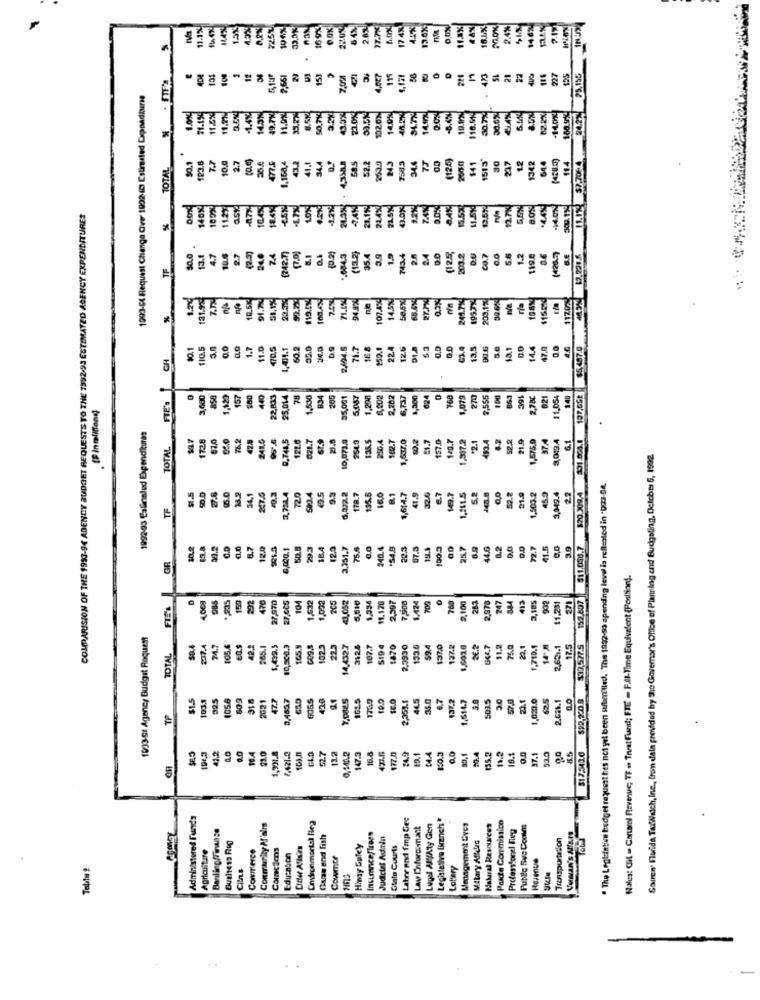
11.1%
225%
16 9%
17.7%
17 4%
43%
13.6%
11.3%
48%
2.4%
2.19
.
0
21
% TOTAL X . IT
4D4
7,651
151
7,0%
421
35
175
4,121
22
AUS
227
125
93,135
1003-54 Flequest Change Over 1902 (D Estruled Dipoadiure
.
11.5x
11.
11.ox
43.30
22.05
1020%
14.0%
34.7%
14 m
10.1
118.510
30.7%
5.654
8.5%
52.2%
188.99
urer
7.7
10,0
2.7
4,3MB
58.5
7583
77
(125)
$41
1513*
30
64.4
114
$7.70€4
.
123.6
1.158,4
41.1
52.2
253.9
34.4
12
1342
1078
11:29
asta
15.5%
-14.0%
COMPARISION OF THE 1993-94 ADENCY BUDGET REQUESTS TO THE 1392-93 ESTIMATED AGENCY EXPENDITURES
140
1045
186
13.1
4.7
50.0
2.7
24.6
ZA
(242.7)
354
7434
2.5
24
.0
203.2
00.7
0.0
5.6
1.2
119.4
0.6
(426.)
12.2018
91.50
50,15
200,15%
11202
parco1
$0.1
110.1
LLO
1.7
1.0
70.5
1,41.1
60.2
71.7
150.1
224
13.5
00.6
18.1
14.4
47.0
0.0
rie
5
3,600
1,329
157
$00
440
22,833
25.014
78
1,530
834
206
35,001
5.087
1,200
0,002
2,282
6,737
1,200
624
1,079
270
2,78c
021
11,054
14
$13,577S 152,607 511.050.7 $20.008,4 501.864.1 197.GG*
. [ Inmilffond]
1992-03 Galicialed Expenditures
1728
67.6
42.8
241.0
9.748,5
121.6
67.9
10,073.9
254.3
135.5
20.4
1822.7
1,637.0
5.7
157.0
14g.7
493.4
52.2
21.9
1,575.9
MA
3,049.4
6.1
TOTAL
021.7
1.307.2
*2.1
Souren' Florida TaxWalch, Inc ., from data provided by the Governor's Office of Planning and Budgeting, Dcicbm) 5, 1992
. The Legtintin budget request hes not yet been saftmilled. The 1992-60 spending level is reflected in '003-94.
27.8
15.0
34.2
54,1
40.3
3.712.4
72.0
9.3
6,022.2
178.7
135.5
R.1
1,614.7
41.9
32.6
6.7
149.7
5.2
52.8
21.9
1,903.2
45.9
3,049.4
TF
10.2
$3.8
30.2
O.D
0.0
6.7
12.0
6,000.1
50.8
29.3
18.4
12.3
3.351.7
75.6
0.0
MD.4
54.8
20.3
07.3
100.3
25.7
6.9
44.6
8.2
0.0
72.7
41.5
0,0
GR
Wales: Cit - Contaml Revenue; TF es Trust Fund; FTI = Full-Time Equivalent {Position !.
476
104
1,532
<3,052
1.424
700
2,100
282
247
884
413
992
150
1,092
11.120
2,507
7,500
2,976
3.185
11,231
271
1933-St Agency Budget Request
74.7
105.6
42.2
565.1
$,499.5
10,500.3
165.9
102.3
22.3
14,432.7
312.4
107.7
519 4
1870
2,3930
133.6
59.4
137.0
137.2
1,602.0
26.2
664.7
11.2
75.0
22,1
1,710.1
148
2,621.1
17.5
TOTAL
$1.5
47.7
420
9.1
7,0845
1635
1760
10.0
16.0
2,353.1
44.5
35.0
137.2
1,614.7
57.0
221
1,031.0
2.02.1
$92,220 g
1031
2021
501.5
21.0
24.9
37.1
52.0
41.2
10.4
1,301.8
7,421-2
CLO
52.7
0,140.2
147.3
16.8
471.6
177.0
19.1
1:0.3
20.4
35.2
10.1
85
Administered Funds
Labor and fmp Ges
Legislativa Branch"
Pakte Corrmistico
Banling/Finance
Conmarrity M'airs
Cruronmortal Hea
Law Enforcemant
Legel All/Aty Gen
Management Uver
Natural Resources
Professionel Bieg
Publle Sive Cooles
SOMAN'S ALATT
Guran end fish
InsuranceStress
Judicial Admin
Mitary Aftlas
Transportation
Agriculture
Bushess Rog
Commerce
Comics
Hiway Epley
Glato Courts
Educnion
Couvmcr
Revenue
CiUns